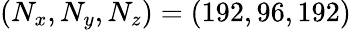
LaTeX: (N_{x},N_{y},N_{z})=(192,96,192)